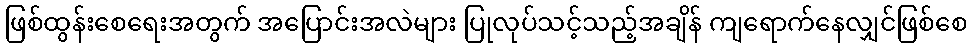
ဖြစ်ထွန်းစေရေးအတွက် အပြောင်းအလဲများ ပြုလုပ်သင့်သည့်အချိန် ကျရောက်နေလျှင်ဖြစ်စေ